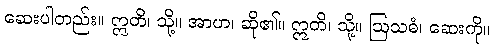
ဆေးပါတည်း။ ဣတိ၊ သို့။ အာဟ၊ ဆို၏။ ဣတိ၊ သို့။ ဩသဓံ၊ ဆေးကို။